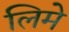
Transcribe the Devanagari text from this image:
लिमे